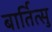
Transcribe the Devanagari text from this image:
बार्तित्सु